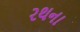
રથના